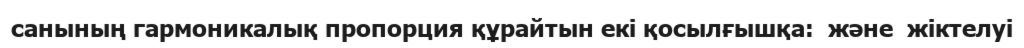
санының гармоникалық пропорция құрайтын екі қосылғышқа:  және  жіктелуі